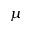
\mu